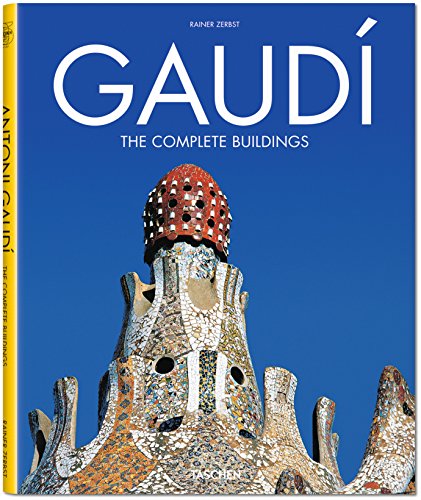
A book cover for GaudÃ­: The Complete Buildings; Rainer Zerbst; Arts & Photography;